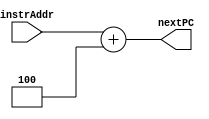

`timescale 1ns / 1ps
////////////////////////////////////////////////////////
// Assignment 6 - CS31001
// Implementing program counter (add 4 to PC)
// Team Details - 
// Kushaz Sehgal - 20CS30030
// Jay Kumar Thakur - 20CS30024
////////////////////////////////////////////////////////

module PC_increment (
    input [31:0] instrAddr,
    output [31:0] nextPC
);

    assign nextPC = instrAddr + 32'b00000000000000000000000000000100;
    
endmodule